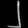
Digit: ၂